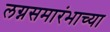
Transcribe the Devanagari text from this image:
लग्नसमारंभाच्या